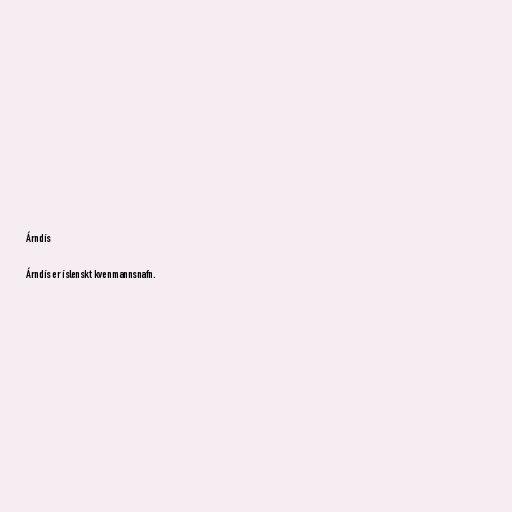
Árndís

Árndís er íslenskt kvenmannsnafn.